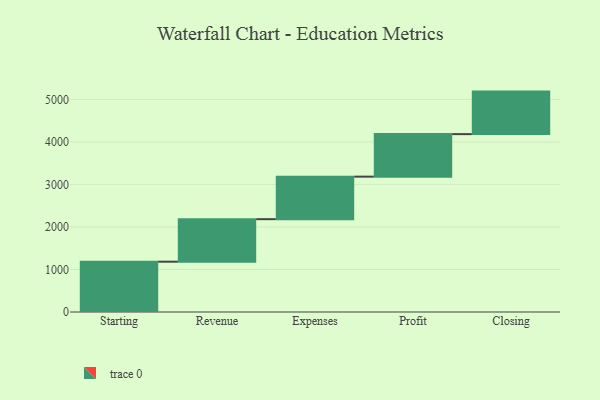
{"axis": {"x": "Step", "y": "Value"}, "legend": [""], "data": [{"x": "Starting", "y": 1183.0, "type": ""}, {"x": "Revenue", "y": 1000, "type": ""}, {"x": "Expenses", "y": 1000, "type": ""}, {"x": "Profit", "y": 1000, "type": ""}, {"x": "Closing", "y": 1000, "type": ""}]}